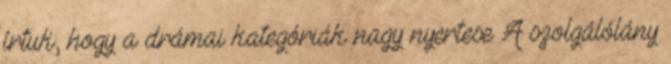
írtuk, hogy a drámai kategóriák nagy nyertese A szolgálólány